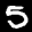
Label: 5